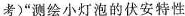
考)”测绘小灯泡的伏安特性